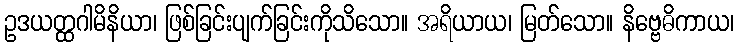
ဥဒယတ္ထဂါမိနိယာ၊ ဖြစ်ခြင်းပျက်ခြင်းကိုသိသော။ အရိယာယ၊ မြတ်သော။ နိဗ္ဗေဓိကာယ၊